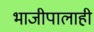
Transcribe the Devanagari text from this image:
भाजीपालाही